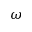
\omega